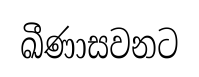
ඛීණාසවනට